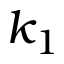
k _ { 1 }